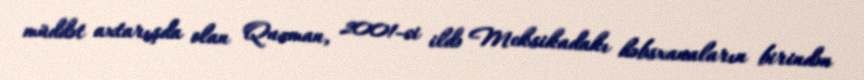
müddət axtarışda olan Quzman, 2001-ci ildə Meksikadakı həbsxanaların birindən